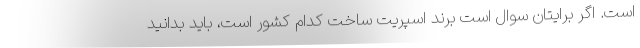
است. اگر برایتان سوال است برند اسپریت ساخت کدام کشور است، باید بدانید